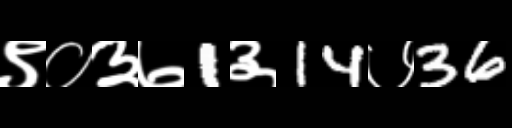
Text: ९०३७1३14७36